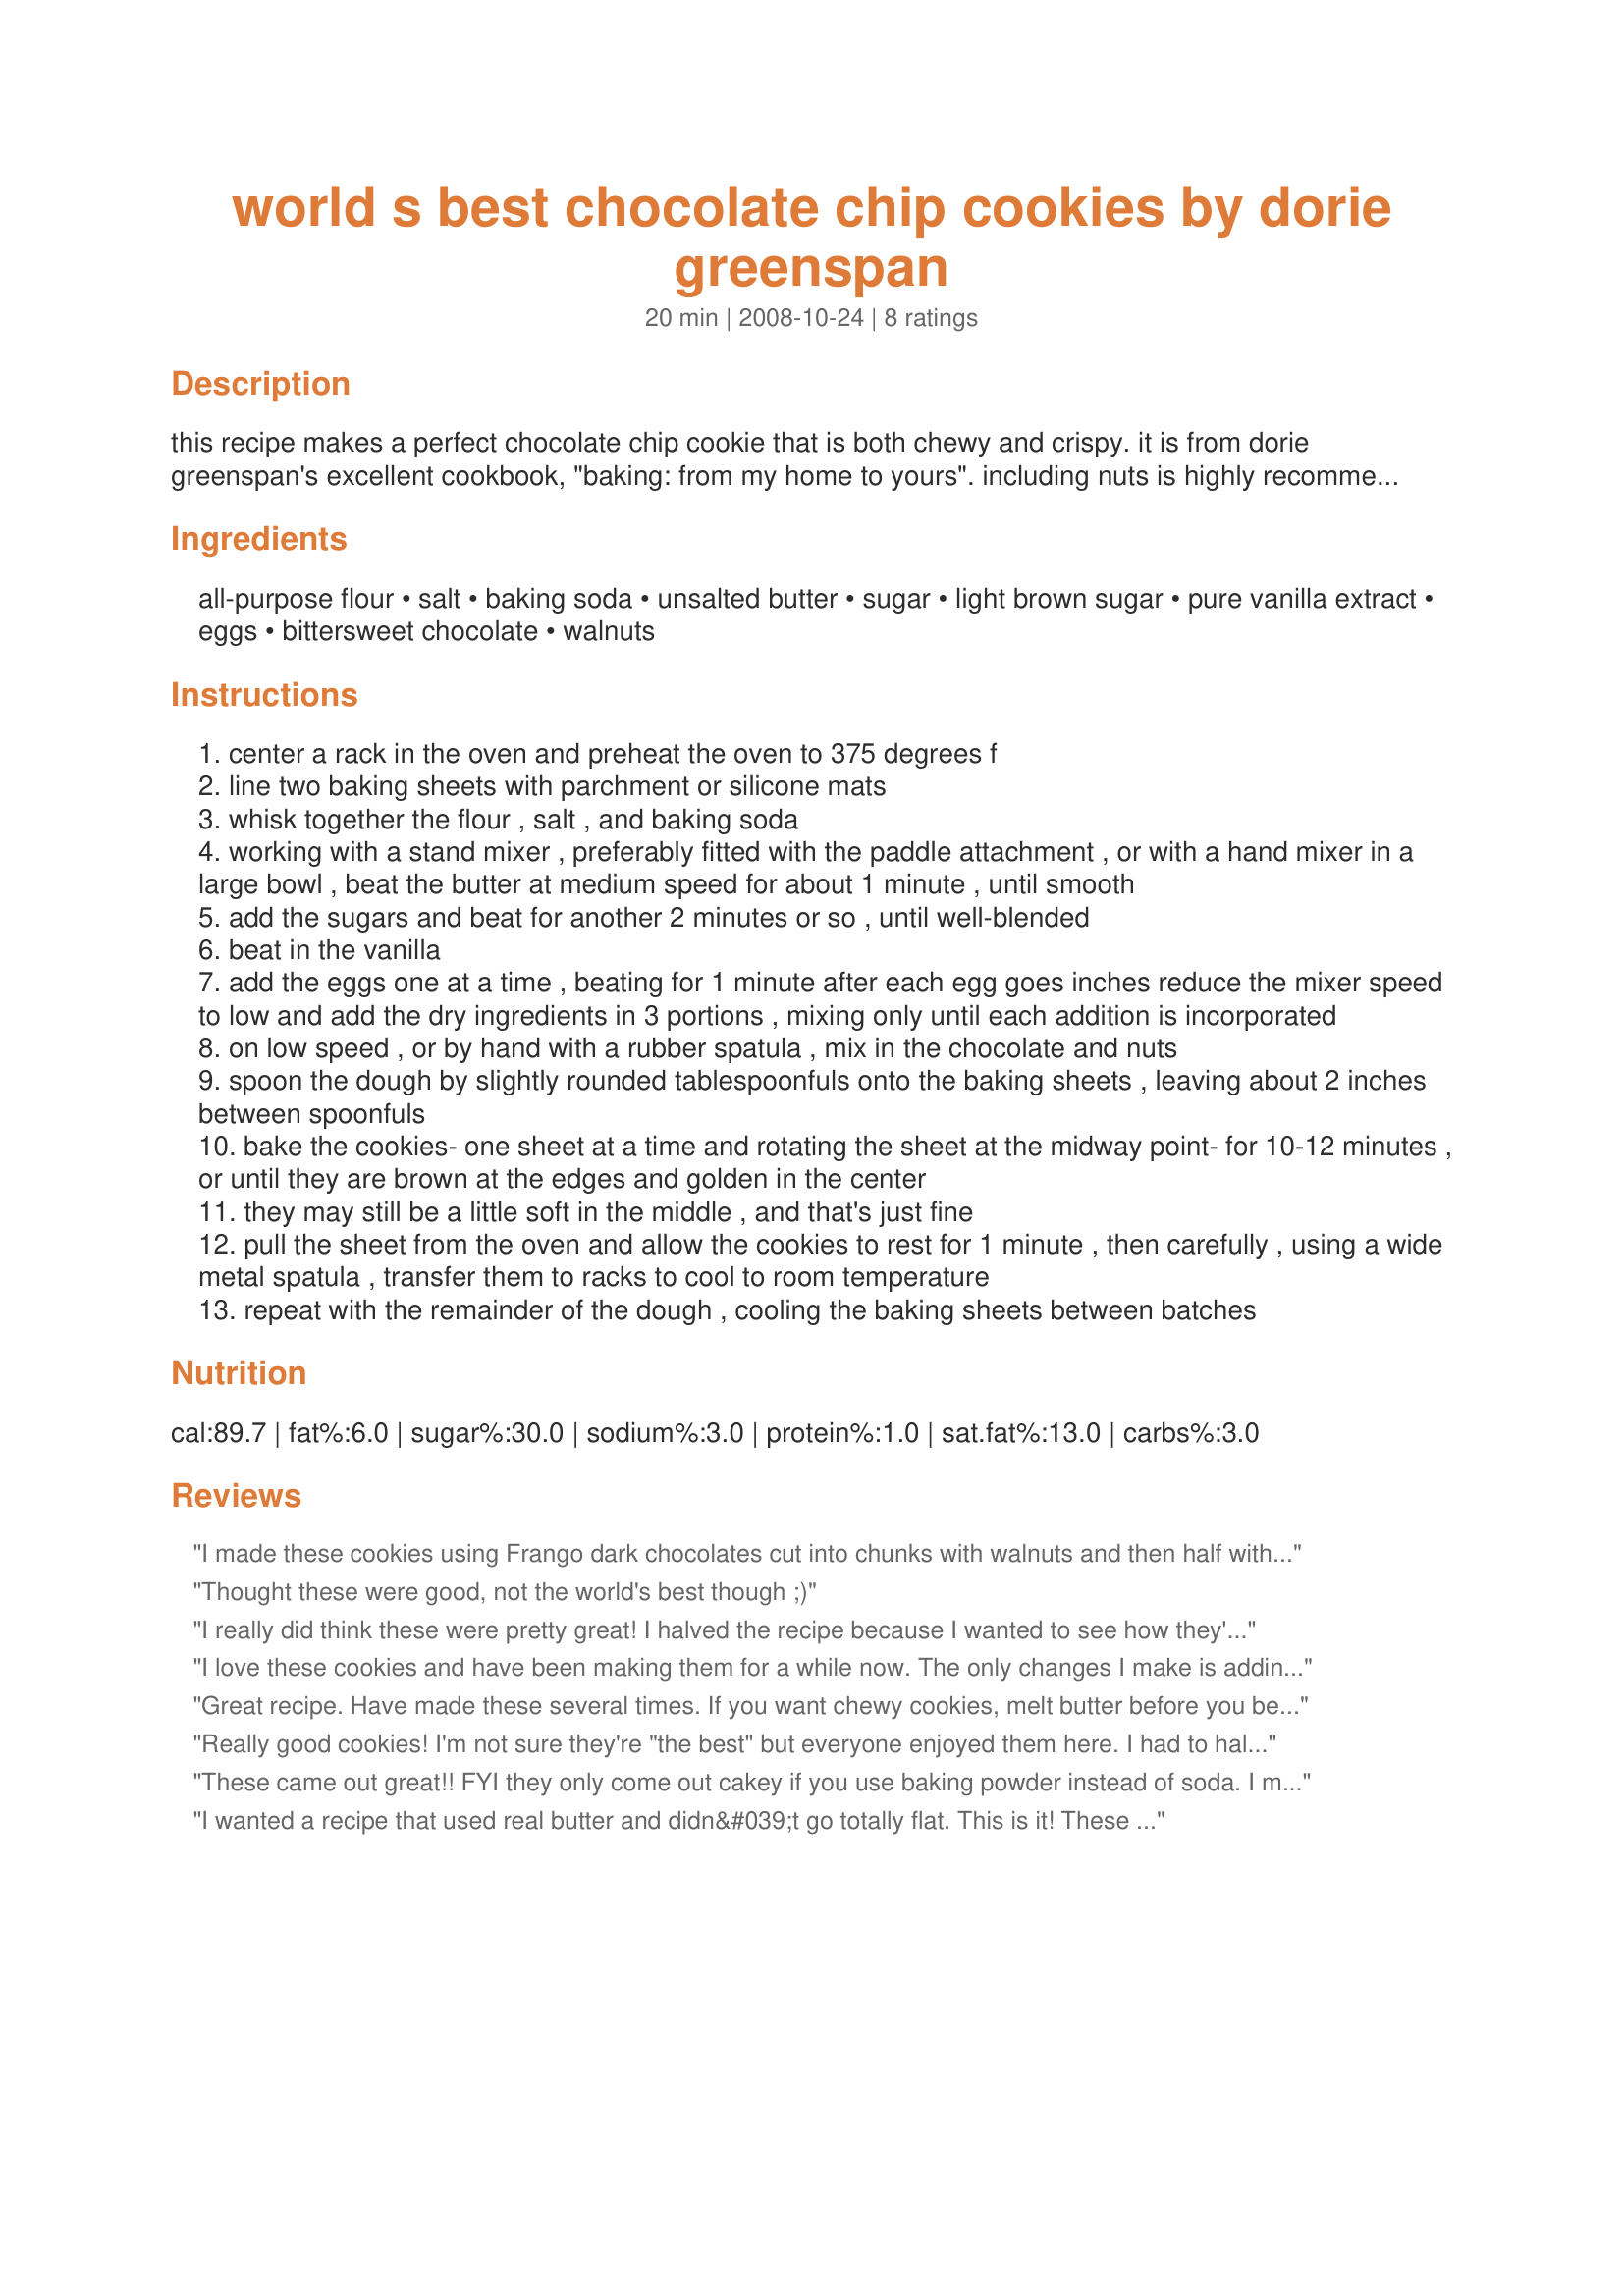
world s best chocolate chip cookies by dorie greenspan
Preparation time: 20 minutes

this recipe makes a perfect chocolate chip cookie that is both chewy and crispy. it is from dorie greenspan's excellent cookbook, "baking: from my home to yours". including nuts is highly recommended.
some variations: for chocolate chocolate chip cookies, substitute 3/4 cup of flour for 3/4 cup unsweetened cocoa powder; for espresso chocolate chip cookies, add 1 1/2 tablespoons espresso powder after the vanilla extract; for a coconut version, add 1 1/2 cups sweetened (toasted or untoasted) shredded coconut when adding the chocolate chips; and for peanut butter chocolate chip cookies, substitute 1/2 cup of peanut butter for 1/2 a stick of butter and beat them together before adding sugar (and use peanuts). enjoy!

note: the dough can be covered and refrigerated for up to 3 days, or frozen. if you'd like, rounded tablespoonfuls of dough, ready for baking. freeze the mounds on a lined baking sheet, then bag them when they're solid. there's no need to defrost the dough before baking-just add another minute or two to the baking time.

Ingredients:
all-purpose flour, salt, baking soda, unsalted butter, sugar, light brown sugar, pure vanilla extract, eggs, bittersweet chocolate, walnuts

Steps:
center a rack in the oven and preheat the oven to 375 degrees f
line two baking sheets with parchment or silicone mats
whisk together the flour , salt , and baking soda
working with a stand mixer , preferably fitted with the paddle attachment , or with a hand mixer in a large bowl , beat the butter at medium speed for about 1 minute , until smooth
add the sugars and beat for another 2 minutes or so , until well-blended
beat in the vanilla
add the eggs one at a time , beating for 1 minute after each egg goes inches reduce the mixer speed to low and add the dry ingredients in 3 portions , mixing only until each addition is incorporated
on low speed , or by hand with a rubber spatula , mix in the chocolate and nuts
spoon the dough by slightly rounded tablespoonfuls onto the baking sheets , leaving about 2 inches between spoonfuls
bake the cookies- one sheet at a time and rotating the sheet at the midway point- for 10-12 minutes , or until they are brown at the edges and golden in the center
they may still be a little soft in the middle , and that's just fine
pull the sheet from the oven and allow the cookies to rest for 1 minute , then carefully , using a wide metal spatula , transfer them to racks to cool to room temperature
repeat with the remainder of the dough , cooling the baking sheets between batches

Reviews:
I made these cookies using Frango dark chocolates cut into chunks with walnuts and then half with the same but added coconut. They don&#039;t rise very much at all but they are very tasty. My oven is perfect 375 degrees and I cooked them for a total of 10 minutes. I think they are a good cookie and prefer them over the original &quot;Toll House&quot; recipe.
Thought these were good, not the world's best though ;)
I really did think these were pretty great! I halved the recipe because I wanted to see how they'd come out and was not disappointed. I baked them 9 - 10 minutes so they came out soft in the middle and crispy on the sides. Also - I added 1 tsp of vanilla extract and 1 tsp of peppermint extract (instead of 2 tsp vanilla) so it was like biting into a mint-chocolate. Loved them and will be making these with several variations. Thanks for the recipe blucoat.
I love these cookies and have been making them for a while now. The only changes I make is adding one bag of milk chocolate chips to the bittersweet chips. I have friends that beg me to make these cookies.
Great recipe. Have made these several times. If you want chewy cookies, melt butter before you beat with sugars. Baking time may need a couple more minutes according to oven differences. Leave on pan for about 5 minutes after you bake and then place on waxed paper. Everyone always asks for recipe. Thank you!
Really good cookies! I'm not sure they're "the best" but everyone enjoyed them here. I had to halve the recipe becuase i didn't have enough chocolate chips but I made them a little bigger than suggested so I got 18 cookies. I like a softer cookie so I did 9 minutes and they came out fine and they were all gone when I went to get more! Thanks for the recipe :)
These came out great!! FYI they only come out cakey if you use baking powder instead of soda. I made that mistake. I&#039;ll definitely use this recipe again.
I wanted a recipe that used real butter and didn&#039;t go totally flat. This is it! These are moist and plenty chewy. Twenty-five teenagers thought they were the best. I didn&#039;t use nuts (kids with issues) and I used unsalted butter so upped the salt a smidgen to compensate. Thanks for sharing! I will make this one again and again.
